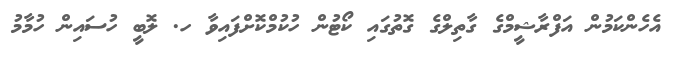
އެހެންކަމުން އަފްރާޝީމްގެ ގާތިލްގެ ގޮތުގައި ކޯޓުން ހުކުމްކޮށްފައިވާ ހ. ލޮބީ ހުސައިން ހުމާމު